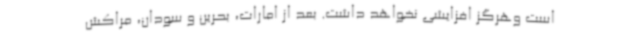
است وهرگز افزایشی نخواهد داشت. بعد از امارات، بحرین و سودان، مراکش